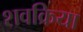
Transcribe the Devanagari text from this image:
शवक्रिया